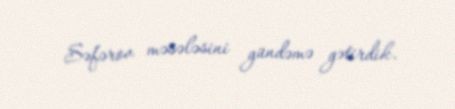
Səfərov məsələsini gündəmə gətirdik.